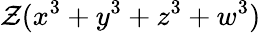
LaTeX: \mathcal{Z}(x^{3}+y^{3}+z^{3}+w^{3})